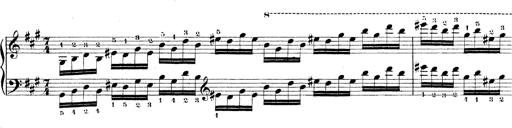
Title: Technische Studien
Composer: Franz Liszt